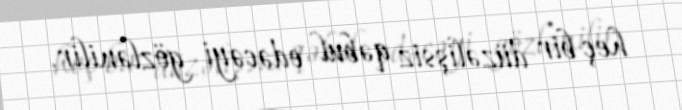
heç bir düzəlişsiz qəbul edəcəyi gözlənilir.